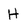
Character: H